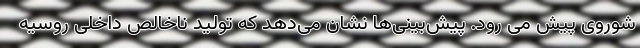
شوروی پیش می رود. پیش‌بینی‌ها نشان می‌دهد که تولید ناخالص داخلی روسیه